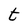
Character: t